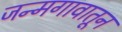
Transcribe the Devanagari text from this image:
जन्मगावातून